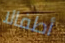
أطفالا